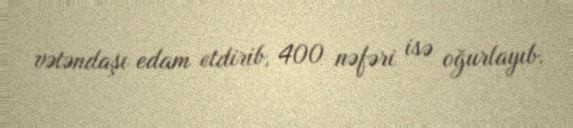
vətəndaşı edam etdirib, 400 nəfəri isə oğurlayıb.